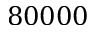
8 0 0 0 0